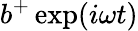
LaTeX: b^{+}\exp(i\omega t)